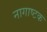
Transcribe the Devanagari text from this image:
नागाष्टक